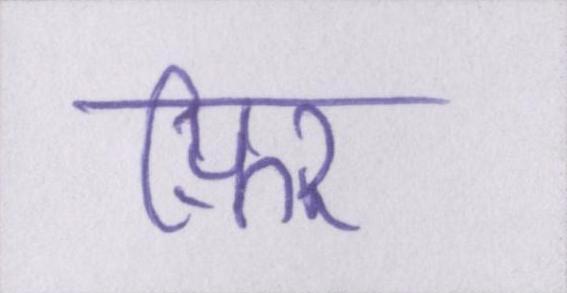
फ़िर